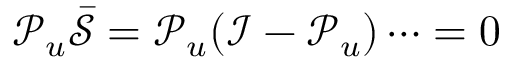
\mathcal { P } _ { u } \bar { \mathcal { S } } = \mathcal { P } _ { u } ( \mathcal { I } - \mathcal { P } _ { u } ) \cdots = 0